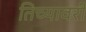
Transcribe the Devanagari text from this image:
तिच्यावरी